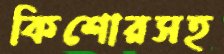
কিশোরসহ